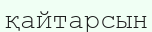
қайтарсын